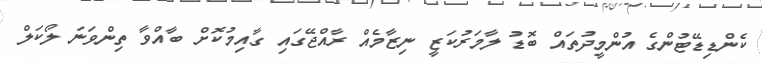
ކެންޑިޑޭޓުންގެ އުންމީދުތައް ބޮޑު ލާމަރުކަޒީ ނިޒާމެއް ރާއްޖޭގައި ގާއިމުކޮށް ބާއްވާ ތިންވަނަ ލޯކަލް